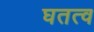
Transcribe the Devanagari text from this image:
घतत्व